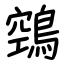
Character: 鵼